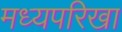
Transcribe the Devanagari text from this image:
मध्यपरिखा